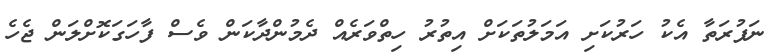
ނަފުރަތާ އެކު ހަރުކަށި އަމަލުތަކަށް އިތުރު ހިތްވަރެއް ދެމުންދާކަން ވެސް ފާހަގަކޮށްލަން ޖެހެ